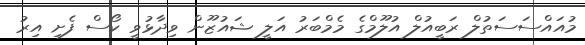
މުއައްސަސަތުލް ރަބީއުލް އުލޫމްގެ މެމްބަރު އަލީ ޝައުޒޫން ވިދާޅުވީ ކޯސް ފެށި އިރު